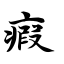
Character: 瘕